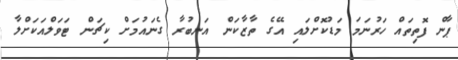
ޕާން ފޮތިތައް ހަރުނަމަ މަޑުކޮށްލައި އޭގެ ތާޒާކަން އަނބުރާ ގެނައުމަށް ކިޗަން ޓަވަލްއަކަށްލާ